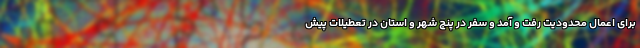
برای اعمال محدودیت رفت و آمد و سفر در پنج شهر و استان در تعطیلات پیش